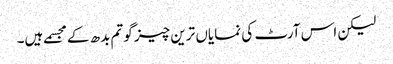
لیکن اس آرٹ کی نمایاں ترین چیز گوتم بدھ کے مجسمے ہیں۔